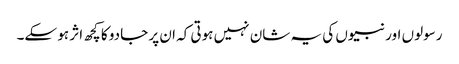
رسولوں اور نبیوں کی یہ شان نہیں ہوتی کہ ان پر جادو کا کچھ اثر ہو سکے۔